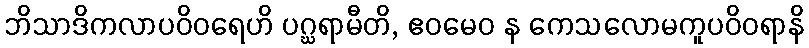
ဘိသာဒိကလာပဝိဝရေဟိ ပဂ္ဃရာမီတိ, ဧဝမေဝ န ကေသလောမကူပဝိဝရာနိ